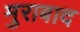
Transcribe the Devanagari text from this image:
मुराबाद